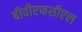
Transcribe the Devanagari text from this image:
बीवीएफसीएल